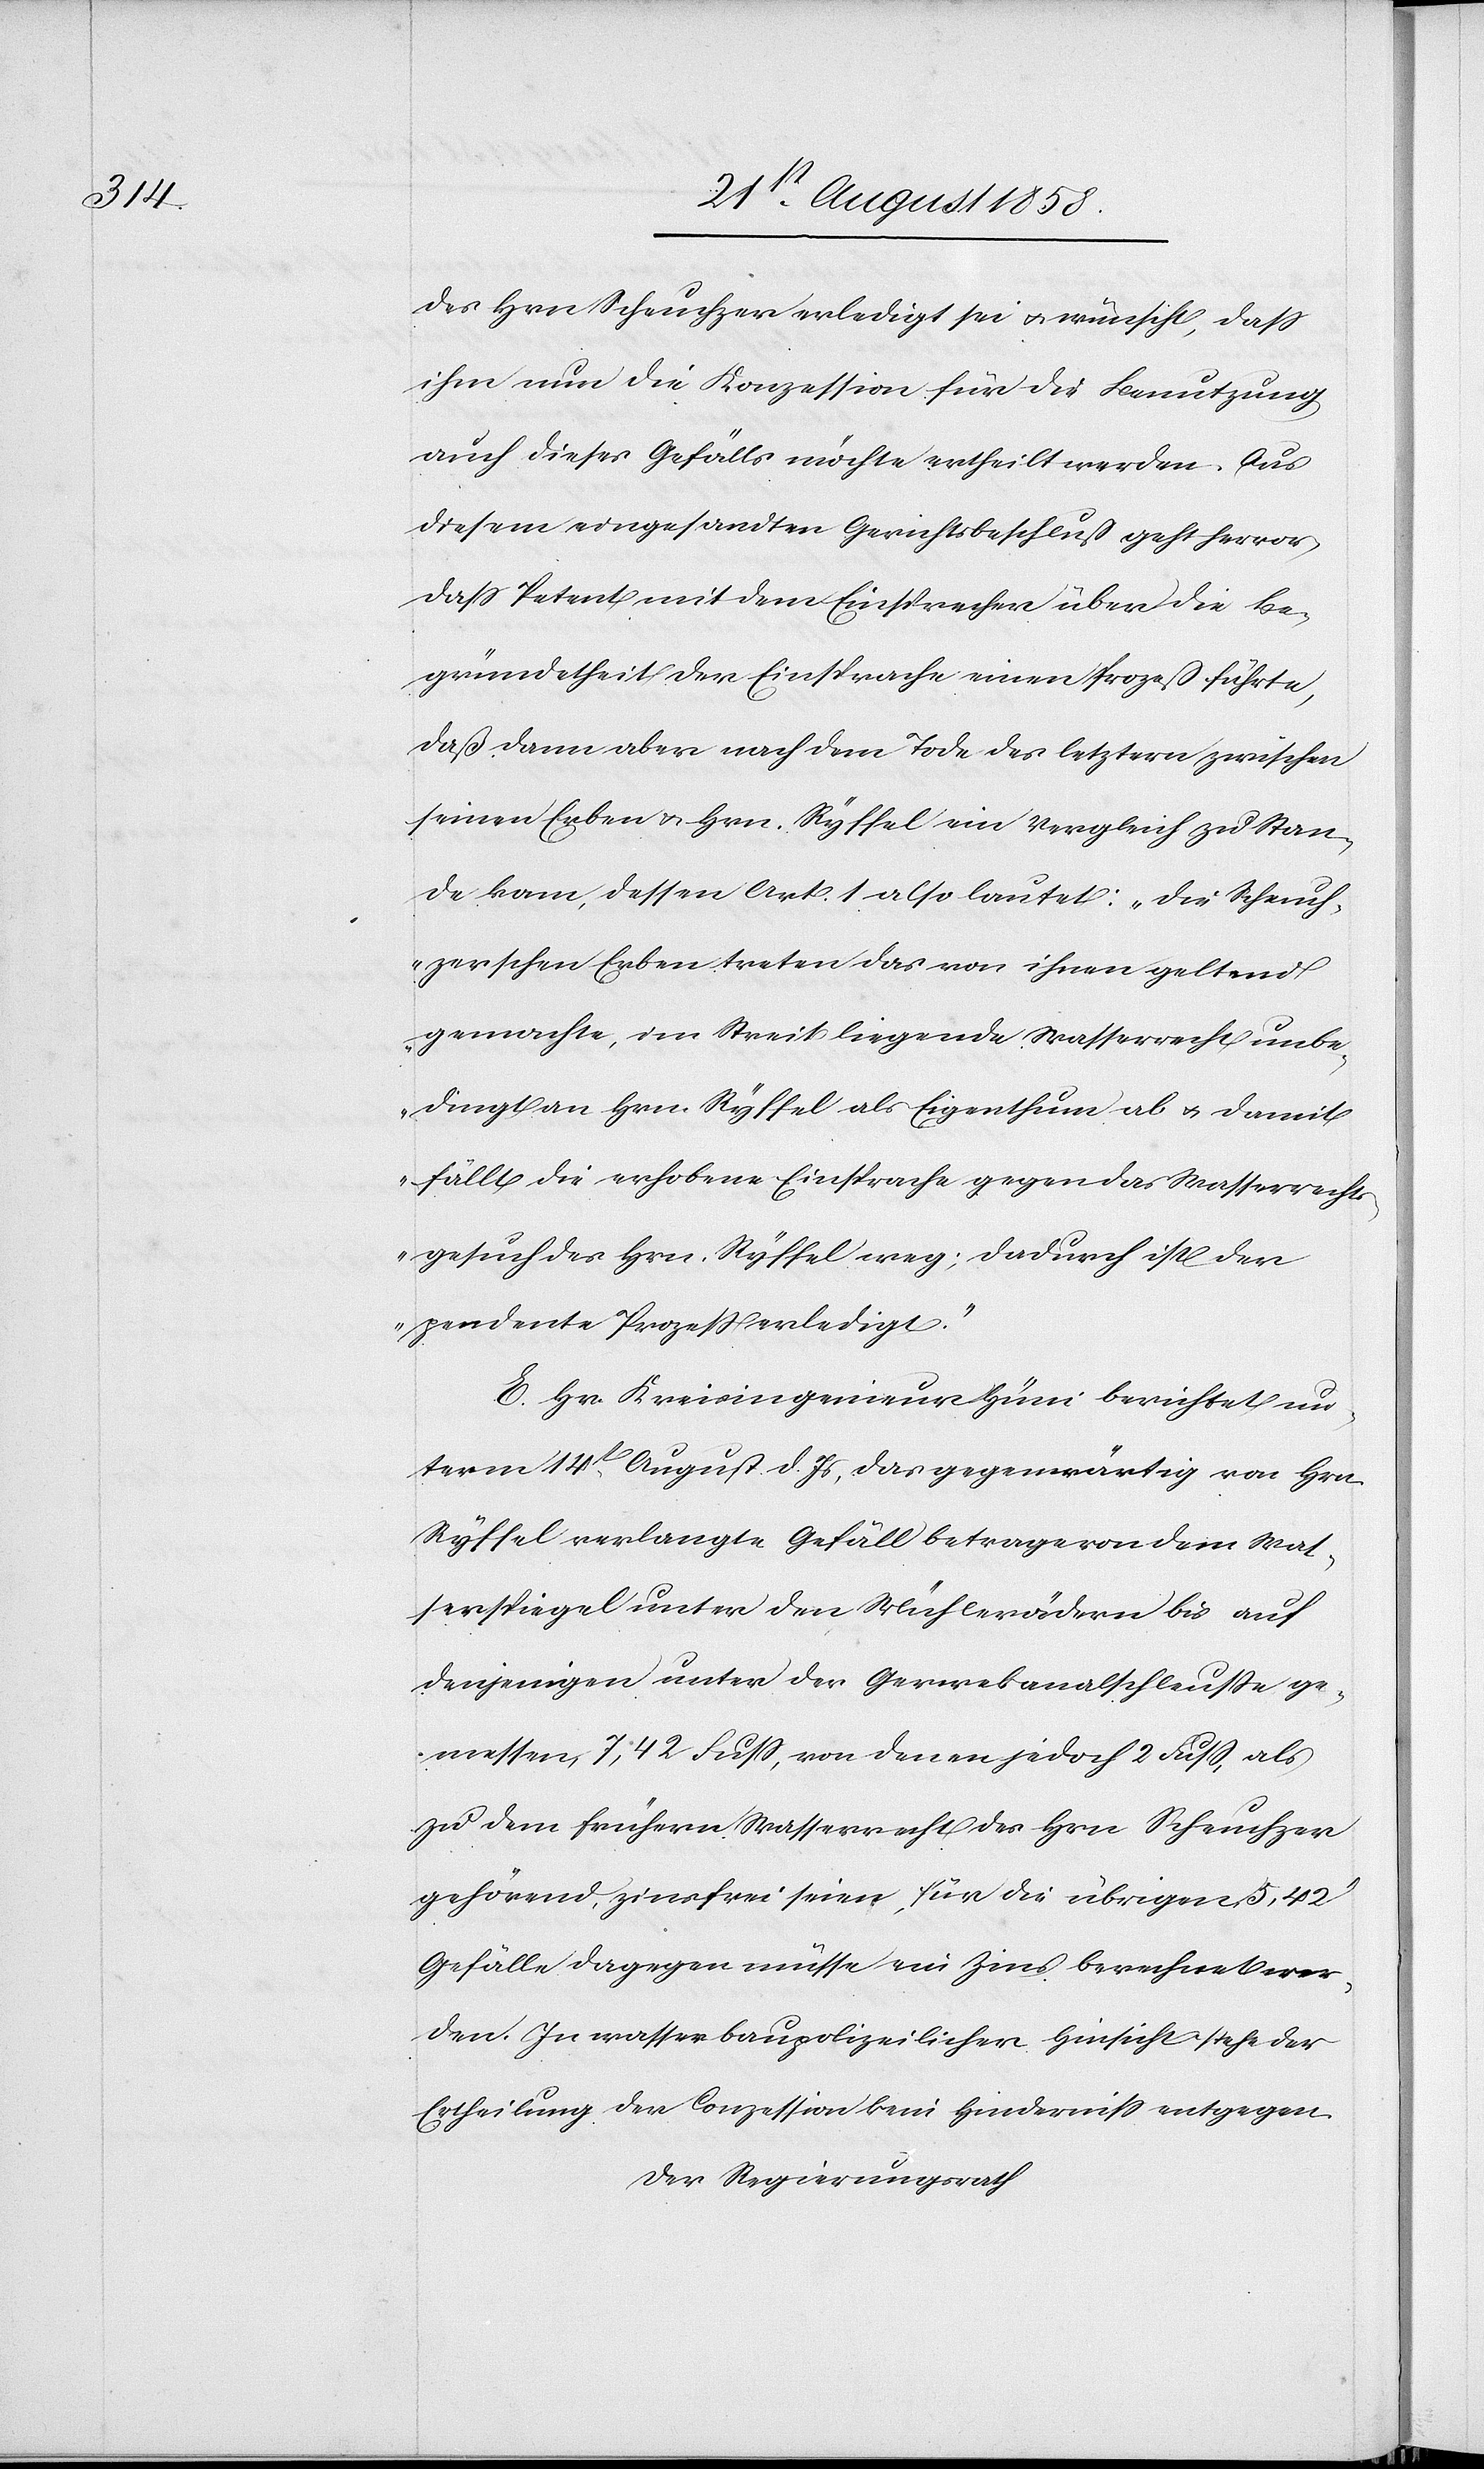
des Hrn. Scheuchzer erledigt sei & wünscht, dass
ihm nun die Konzession für die Benutzung
auch dieses Gefälls möchte ertheilt werden. Aus
diesem eingesandten Gerichtsbeschluß geht hervor,
dass Petent mit dem Einsprecher über die Be¬
gründetheit der Einsprache einen Prozeß führte,
daß dann aber nach dem Tode des letztern zwischen
seinen Erben & Hrn. Ryffel ein Vergleich zu Stan¬
de kam, dessen Art. 1 also lautet: „Die Scheuch¬
zerschen Erben treten das von ihnen geltend
gemachte, im Streit liegende Wasserrecht unbe¬
dingt an Hrn. Ryffel als Eigenthum ab & damit
fällt die erhobene Einsprache gegen das Wasserrecht¬
sgesuch des Hrn. Ryffel weg; dadurch ist der
pendente Prozess erledigt.“
E. Hr. Kreisingenieur Hüni berichtet un¬
term 14t August d. Js, das gegenwärtig von Hrn.
Ryffel verlangte Gefäll betrage von dem Was¬
serspiegel unter den Mühlerädern bis auf
denjenigen unter der Gerwekanalschleusse ge¬
messen, 7,42 Fuss, von denen jedoch 2 Fuss, als
zu dem frühern Wasserrecht des Hrn. Scheuchzer
gehörend, zinsfrei seien, für die übrigen 5,42‘
Gefälle dagegen müsse ein Zins berechnet wer¬
den. In wasserbaupolizeilicher Hinsicht stehe der
Ertheilung der Conzession kein Hinderniss entgegen.
Der Regierungsrath